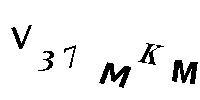
V37MKM